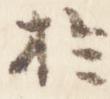
於